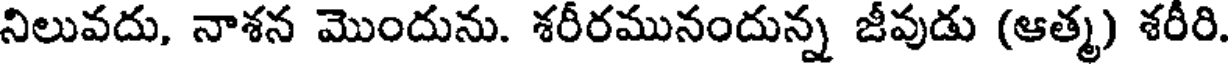
నిలువదు, నాశన మొందును. శరీరమునందున్న జీవుడు (ఆత్మ) శరీరి